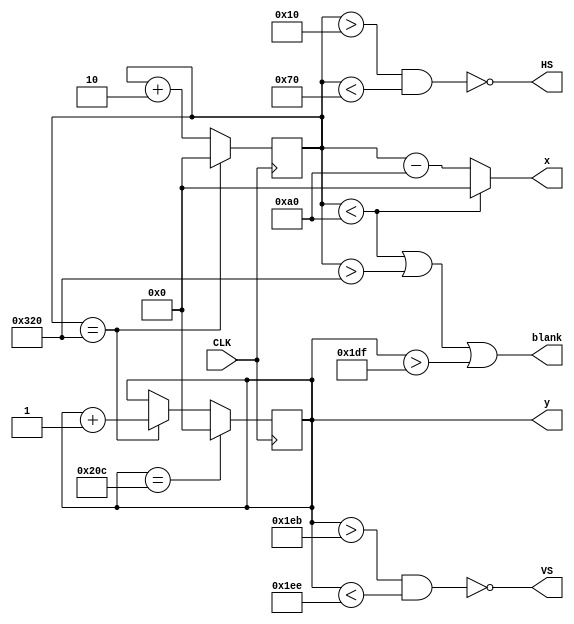
module vga(
    input CLK, //12MHz
    output HS, VS,
    output [9:0] x,
    output reg [9:0] y,
    output blank
    );

reg [9:0] xc;
 
// Horizontal 640 + fp 16 + HS 96 + bp 48 = 800 pixel clocks
// Vertical, 480 + fp 11 lines + VS 2 lines + bp 31 lines = 524 lines
assign blank = ((xc < 160) | (xc > 800) | (y > 479));
assign HS = ~ ((xc > 16) & (xc < 112));
assign VS = ~ ((y > 491) & (y < 494));
assign x = ((xc < 160)?0:(xc - 160));

always @(posedge CLK)
begin
  if (xc == 800)
  begin
    xc <= 0;
    y <= y + 1;
  end
  else begin
    xc <= xc + 2; //displaying 2 pixels at a time to make freq 24MHz
  end
  if (y == 524)
  begin
    y <= 0; 
  end
end

endmodule